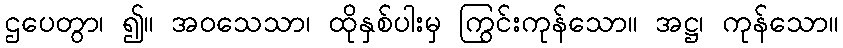
ဌပေတွာ၊ ၍။ အဝသေသာ၊ ထိုနှစ်ပါးမှ ကြွင်းကုန်သော။ အဋ္ဌ၊ ကုန်သော။